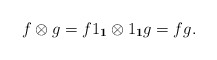
\begin{gather*}f\otimes g = f 1_\mathbf{1} \otimes 1_\mathbf{1} g = fg.\end{gather*}